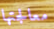
معالجتها